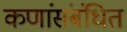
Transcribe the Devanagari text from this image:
कणांंसंबंधित